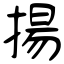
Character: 揚